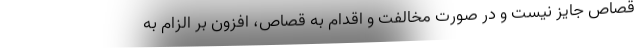
قصاص جایز نیست و در صورت مخالفت و اقدام به قصاص، افزون بر الزام به